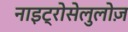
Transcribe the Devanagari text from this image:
नाइट्रोसेलुलोज़